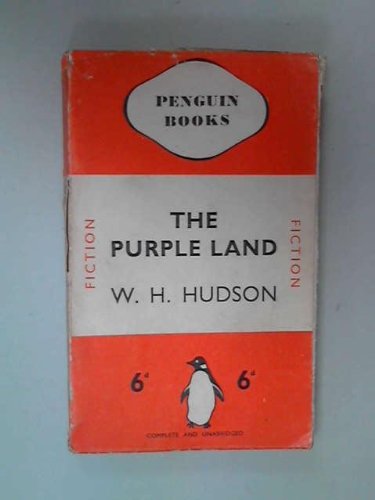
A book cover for The purple land;: Being the narrative of one Richard Lamb's adventures in the Banda OrientaÃEÂEl, in South America, as told by himself, (Cameo classics); W. H Hudson; Travel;